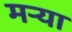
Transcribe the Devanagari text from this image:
मर्‍या